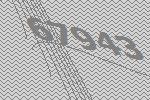
67943